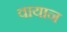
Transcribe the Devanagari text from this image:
वायान